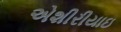
એશીરીયાઇ